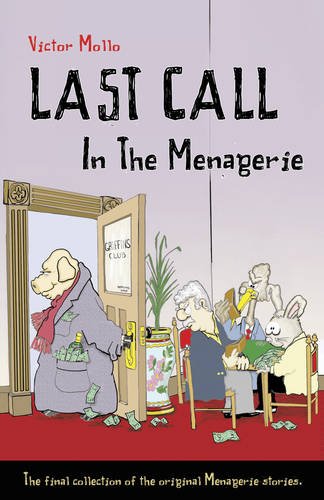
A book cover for Last Call in the Menagerie; Victor Mollo; Humor & Entertainment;